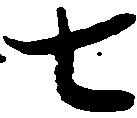
七